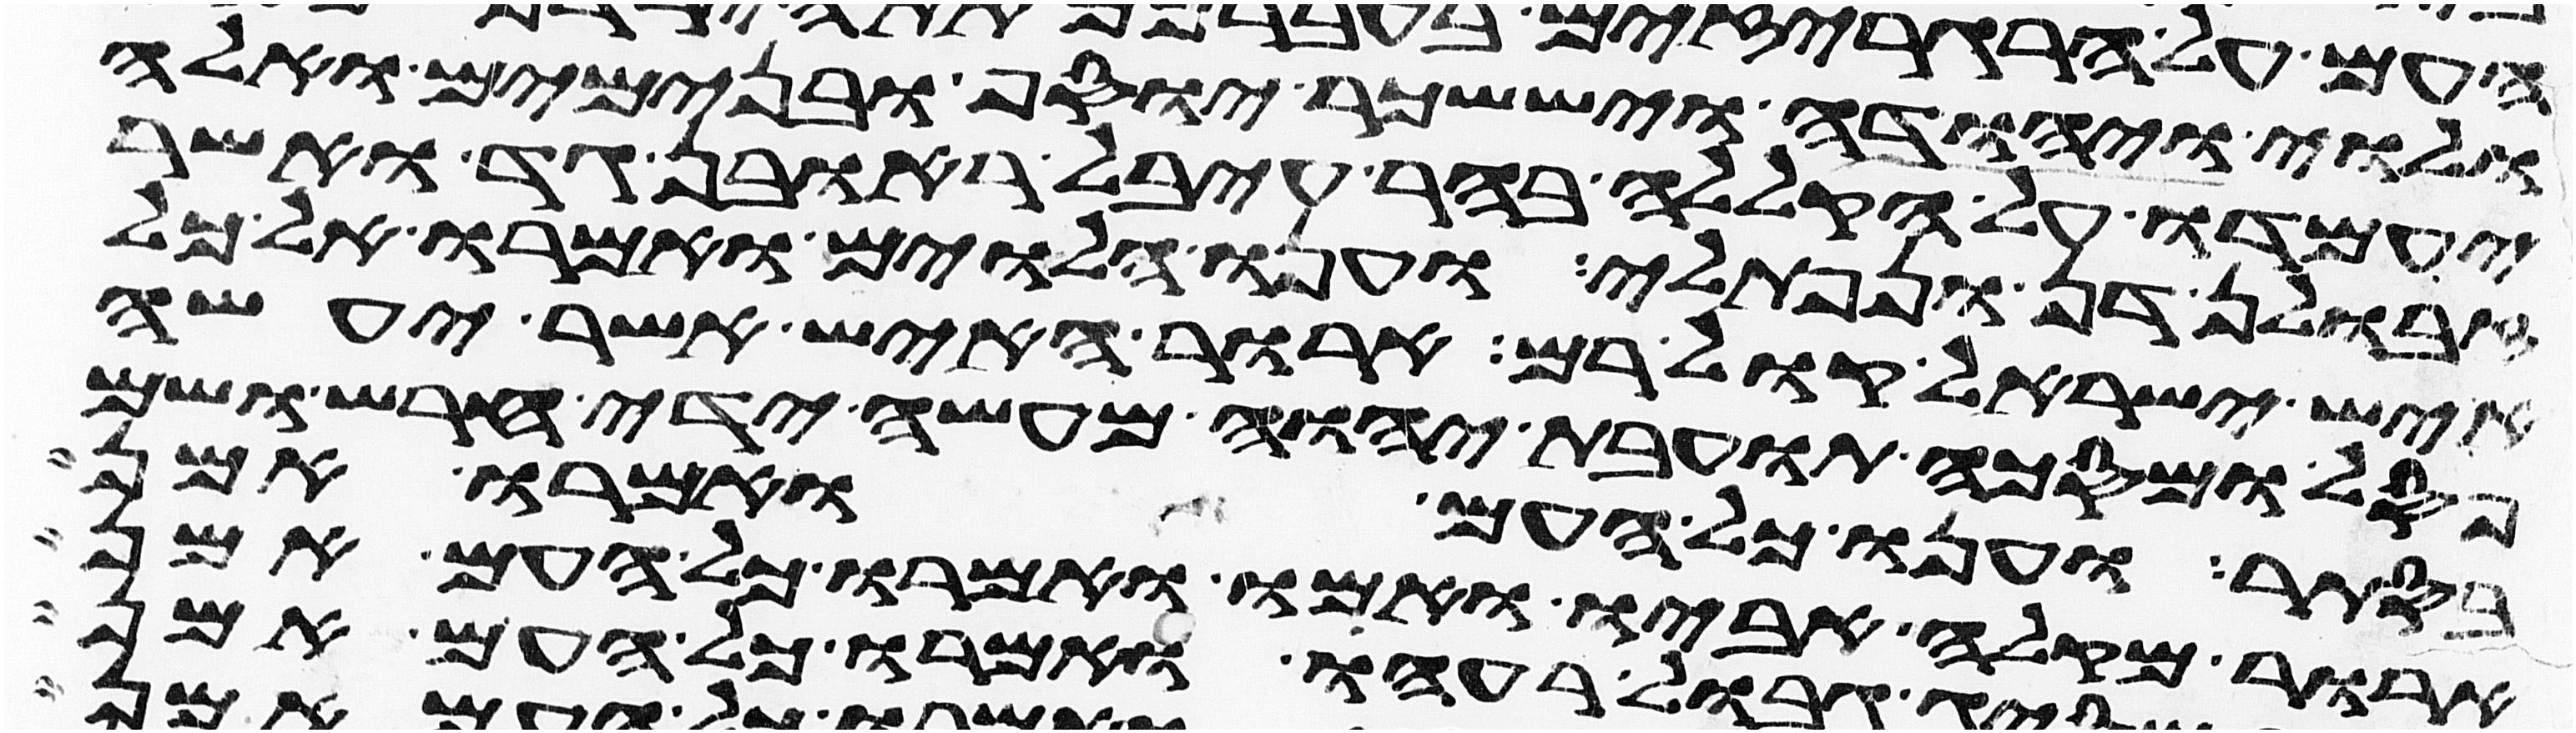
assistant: ולוי יהודה ויששכר יוסף ובנימים ואלה
יעמדו על הקללה בהר עיבל ראובן גד ואשר
זבולן דן ונפתלי וענו הלוים ואמרו אל כל
איש ישראל קול רם ארור האיש אשר יעשה
פסל ומסכה תועבת יהוה מעשה ידי חרש ושם
בסתר וענו כל העם ואמרו אמן
ארור מקלה אביו ואמו ואמרו כל העם אמן